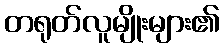
တရုတ်လူမျိုးများ၏